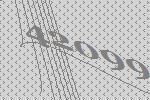
42099